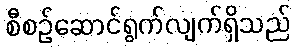
စီစဉ်ဆောင်ရွက်လျက်ရှိသည်